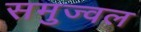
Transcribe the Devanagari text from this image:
समुज्वल